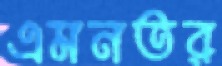
এমনতর